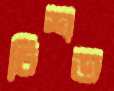
চিশত